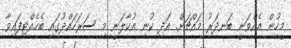
މީހުން އެއްވަނީ ބަނދަރު މައްޗަށް. އަދި ކުނި އުކާލަނީ މި ސަރަހައްދުގައި ބެހެއްޓިފައިވާ